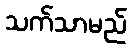
သက်သာမည်